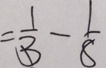
= \frac { 1 } { 3 } - \frac { 1 } { 8 }